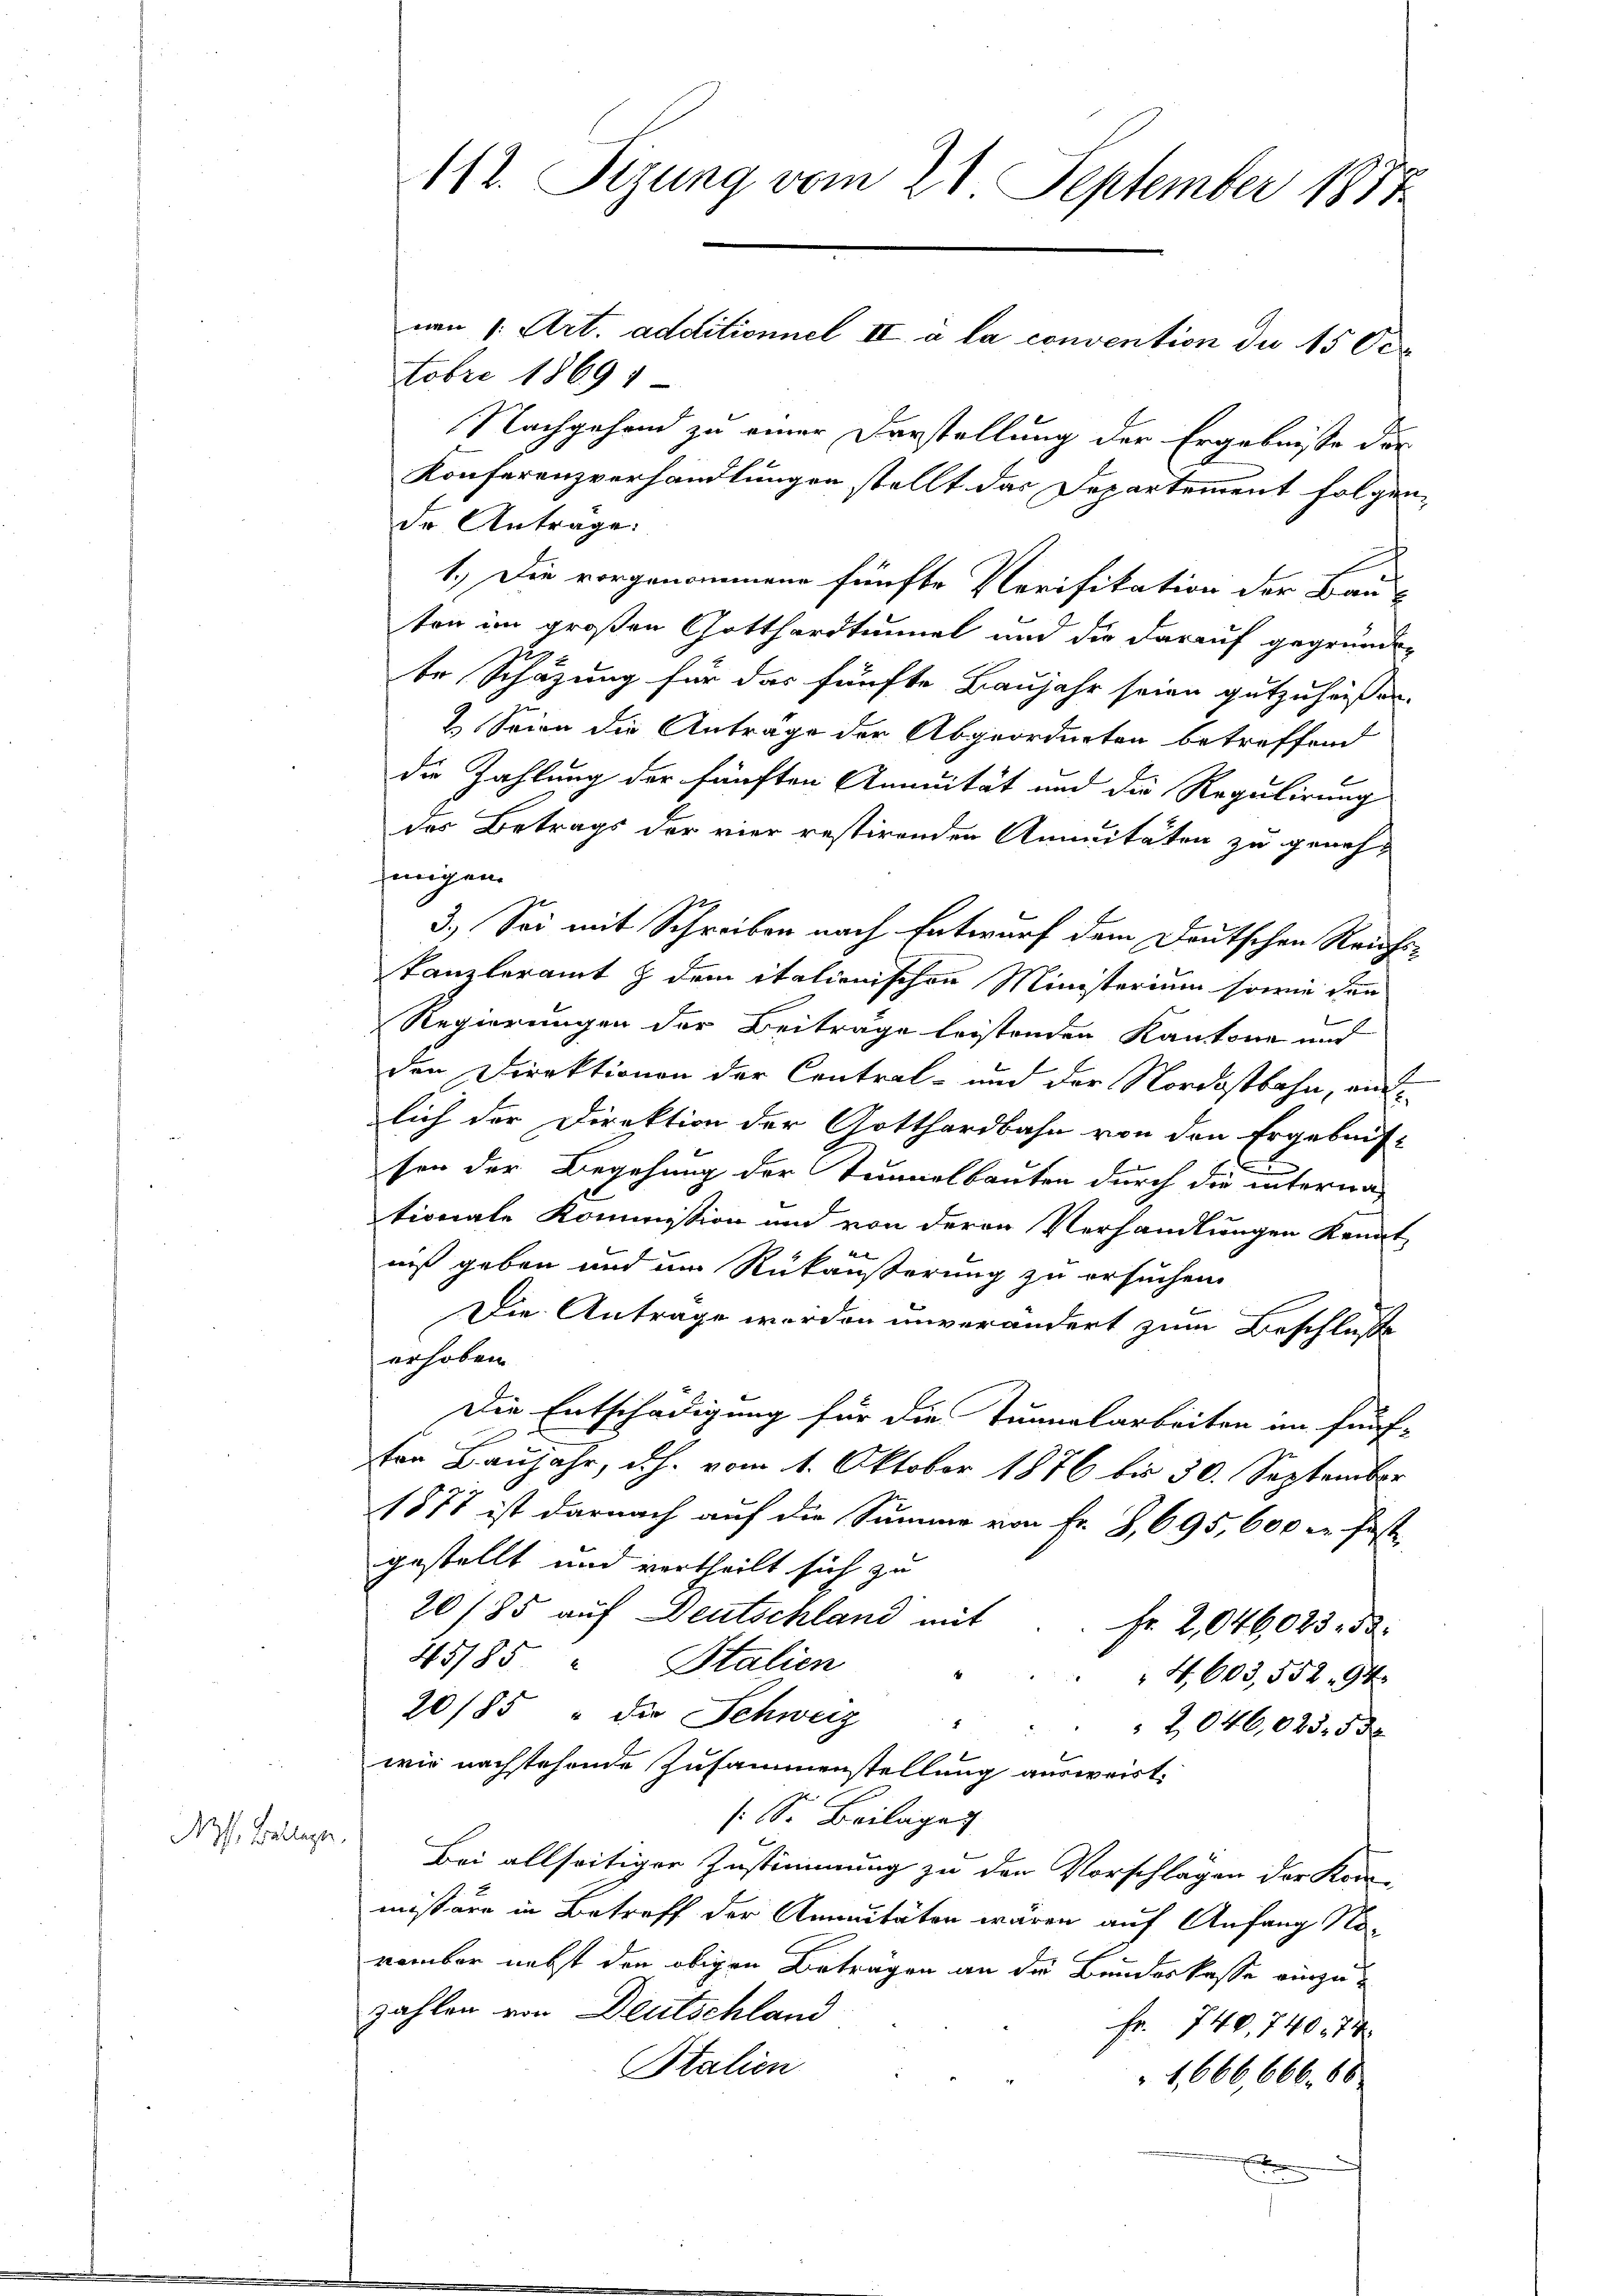
Nos. Bollegen.

112. Sizung vom 21. September 1877

tobre 18691
Nachgehend zu einer Darstellung der Ergebnisse der
Konferenzverhandlungen stellt das Departement folgen-
de Antrage:
1.) Die vorgenommene fünfte Verifikation der Bau-
ten im großen Gotthardtunnel und die darauf gegründen
te Schazung für das fünfte Baujahr seien gutzuheissen.
2. Seien die Anträge der Abgeordneten betreffend
die Zahlung der fünften Annuität und die Regulirung
des Betrags der vier restirenden Amitäten zu genehlinigen.
3.) Sei mit Schreiben nach Entwurf dem Deutschen Reichs-
kanzleramt & dem italienischen Ministerium sowie den
Regierungen der Beiträge leistenden Kantone und
den Direktionen der Central- und der Nordostbahn, und
lich der Direktion der Gotthardbahn von den Ergebnis-
sen der Begehung der Tunnelbauten durch die interna-
tionale Kommission und von deren Verhandlungen konnt
niß geben und im Rükäußerung zu ersuchen
Die Antrage werden unverändert zum Beschluß
erhoben
Die Entschädigung für die Tunnelarbeiten im fünf-
sten Baujahr, d.h. vom 1. Oktober 1876 bis 30. September
1877 ist darnach auf die Summe von Fr. 2, 695, 600 er fast
gestellt und vertheilt sich zu
20785 auf Deutschland mit
Fr. 2,046023. d.
45185 Italien
4,603, 552. 94.
20/85 " die Schweiz
2046,025. 530
wir nachstehende Zusammenstellung ausweist.
( S. Beilage
Bei allseitiger Zustimmung zu den Vorschlägen der Kon-
mißäre in Betreff der Annuitäten wären auf Anfang No-
vember nebst den obigen Beträgen an die Bundeskasse einzuzahlen von Deutschland
Fr. 740,740. 74
Stalien
1,666,666. 66
e

von 1. Art. additionnel II a la convention du 15 Oer